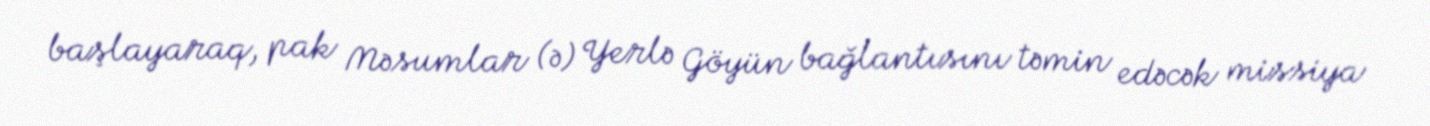
başlayaraq, pak Məsumlar (ə) Yerlə Göyün bağlantısını təmin edəcək missiya